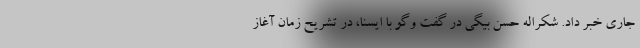
جاری خبر داد. شکراله حسن بیگی در گفت وگو با ایسنا، در تشریح زمان آغاز